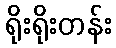
ရိုးရိုးတန်း